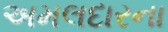
અમલદારના